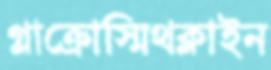
গ্লাক্রোস্মিথক্লাইন